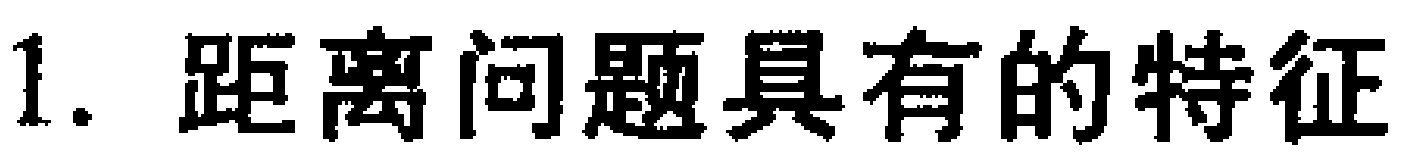
1. 距离问题具有的特征